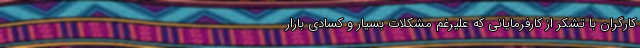
کارگران با تشکر از کارفرمایانی که علیرغم مشکلات بسیار و کسادی بازار